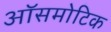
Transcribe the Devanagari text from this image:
ऑसमोटिक